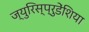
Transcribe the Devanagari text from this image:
ज्युरिस्प्रुडेंशिया